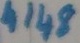
Text: 4148